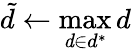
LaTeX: \tilde{d}\gets\operatorname*{max}_{\mathit{d}\in d^{*}}d